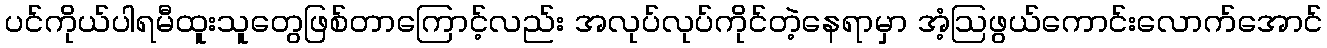
ပင်ကိုယ်ပါရမီထူးသူတွေဖြစ်တာကြောင့်လည်း အလုပ်လုပ်ကိုင်တဲ့နေရာမှာ အံ့ဩဖွယ်ကောင်းလောက်အောင်